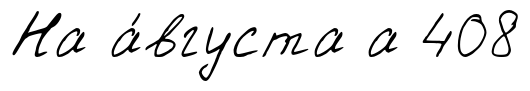
На а́вгуста а 408